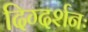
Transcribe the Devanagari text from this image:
दिग्दर्शनः